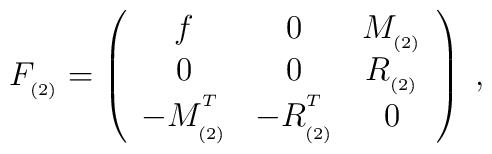
F_{_{(2)}}=\left(\begin{array}{ccc}f & 0 & M_{_{(2)}} \\0 & 0 & R_{_{(2)}} \\-M_{_{(2)}}^{^T} & -R_{_{(2)}}^{^T} & 0\end{array}\right) \;,